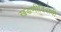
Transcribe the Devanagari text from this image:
खंडणीविरोधी